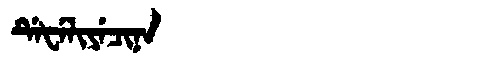
Manchu: ᡩᡝᡶᡝᠯᡳᠶᡝᠴᡳᠨᠠ
Romanization: DEFELIYECINA